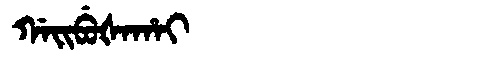
Manchu: ᡤᠠᡳᠪᡠᡧᠠᡥᠠᡳ
Romanization: GAIBUŠAHAI